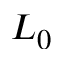
L _ { 0 }